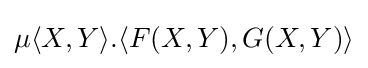
\mu \langle X,Y\rangle .\langle F(X,Y),G(X,Y)\rangle